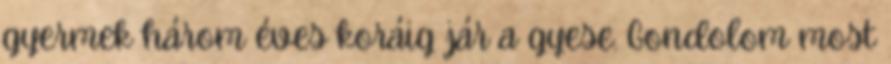
gyermek három éves koráig jár a gyese. Gondolom most